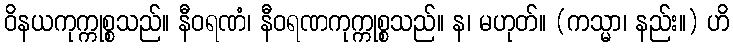
ဝိနယကုက္ကုစ္စသည်။ နီဝရဏံ၊ နီဝရဏကုက္ကုစ္စသည်။ န၊ မဟုတ်။ (ကသ္မာ၊ နည်း။) ဟိ